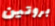
بروتين